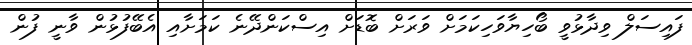
ފައިސަލް ވިދާޅުވީ ބޯހިޔާވަހިކަމަށް ވަރަށް ބޮޑަށް އިސްކަންދޭނެ ކަމަށާއި އެބޭފުޅުން ވާނީ ފުން